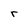
Character: r